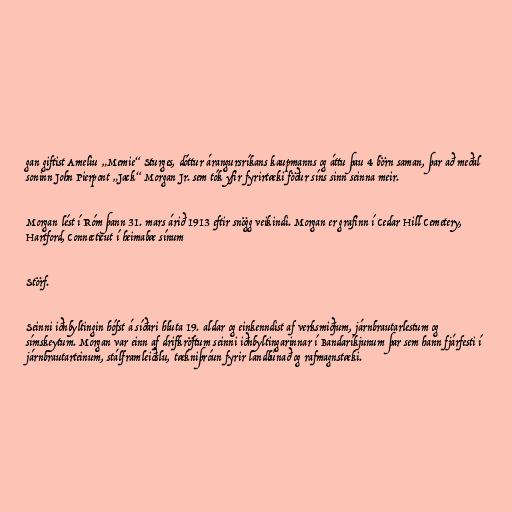
gan giftist Ameliu „Memie“ Sturges, dóttur árangursríkans kaupmanns og áttu þau 4 börn saman, þar að meðal
soninn John Pierpont „Jack“ Morgan Jr. sem tók yfir fyrirtæki föður síns sinn seinna meir.

Morgan lést í Róm þann 31. mars árið 1913 eftir snögg veikindi. Morgan er grafinn í Cedar Hill Cemetery,
Hartford, Connecticut í heimabæ sínum

Störf.

Seinni iðnbyltingin hófst á síðari hluta 19. aldar og einkenndist af verksmiðjum, járnbrautarlestum og
símskeytum. Morgan var einn af drifkröftum seinni iðnbyltingarinnar í Bandaríkjunum þar sem hann fjárfesti í
járnbrautarteinum, stálframleiðslu, tækniþróun fyrir landbúnað og rafmagnstæki.